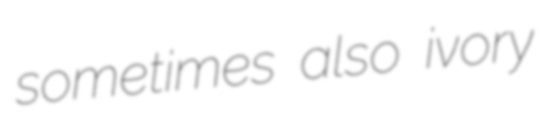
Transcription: sometimes also ivory